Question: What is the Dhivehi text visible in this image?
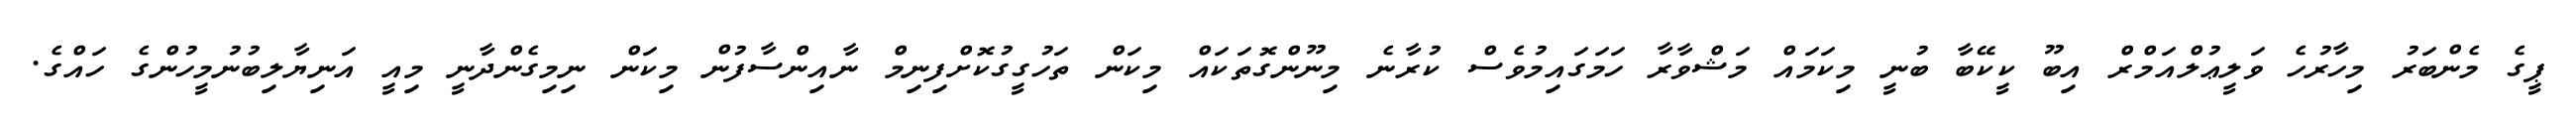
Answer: ޕީގެ މެންބަރު މިހާރުހެ ވަލީޢުލްއަމްރް އިބޫ ކީކޭބާ ބުނީ މިކަމައް މަޝްވާރާ ހަމަގައިމުވެސް ކުރާނެ މިނޫންގޮތަކައް މިކަން ތަހުގީގުކޮށްފިނިމް ނާއިންސާފުން މިކަން ނިމިގެންދާނީ މިއީ އަނިޔާލިބުނުމީހުންގެ ހައްގެ.